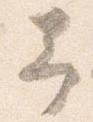
予